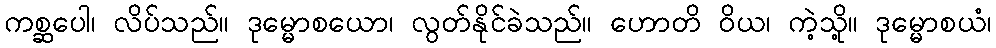
ကစ္ဆပေါ၊ လိပ်သည်။ ဒုမ္မောစယော၊ လွတ်နိုင်ခဲသည်။ ဟောတိ ဝိယ၊ ကဲ့သို့။ ဒုမ္မောစယံ၊